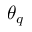
\theta _ { q }